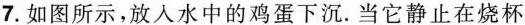
7.如图所示，放入水中的鸡蛋下沉。当它静止在烧杯